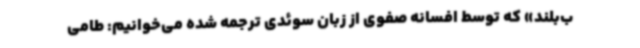
ب‌بلند» که توسط افسانه صفوی از زبان سوئدی ترجمه شده می‌خوانیم: طامی